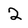
Character: 2